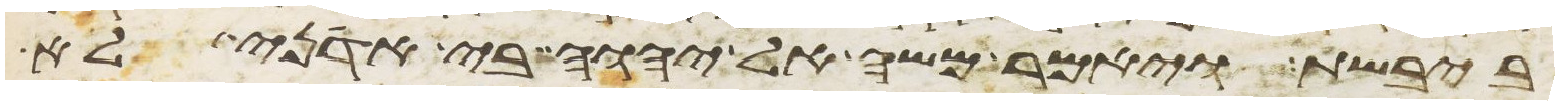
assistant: ביבשת ויאמר משה אל יהוה בי אדני לא